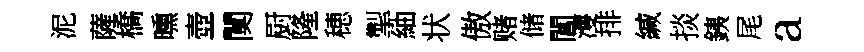
泥薩橋曛壺闃厨隆穂掣紬状傲赌储閶濩排緘掞銕尾a